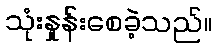
သုံးနှုန်းစေခဲ့သည်။